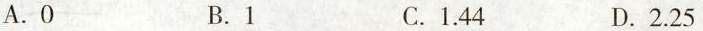
A.0 B.1 C.1.44 D.2.25